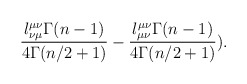
\begin{align*}\frac{l^{\mu\nu}_{\nu\mu}\Gamma(n-1)}{4\Gamma(n/2+1)} -\frac{l^{\mu\nu}_{\mu\nu}\Gamma(n-1)}{4\Gamma(n/2+1)}).\end{align*}